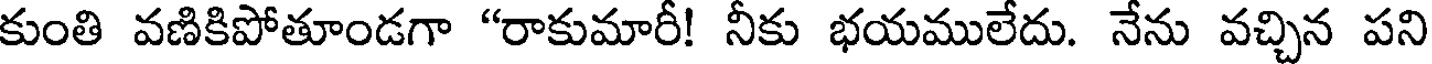
కుంతి వణికిపోతూండగా "రాకుమారీ! నీకు భయములేదు. నేను వచ్చిన పని